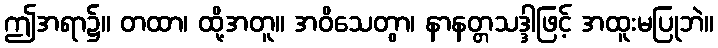
ဤအရာ၌။ တထာ၊ ထို့အတူ။ အဝိသေတွာ၊ နာနတ္တသဒ္ဒါဖြင့် အထူးမပြုဘဲ။